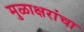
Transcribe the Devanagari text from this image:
मुळाक्षरांचा